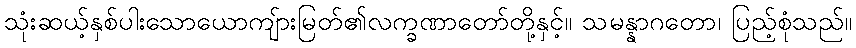
သုံးဆယ့်နှစ်ပါးသောယောကျ်ားမြတ်၏လက္ခဏာတော်တို့နှင့်။ သမန္နာဂတော၊ ပြည့်စုံသည်။